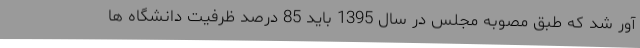
آور شد که طبق مصوبه مجلس در سال 1395 باید 85 درصد ظرفیت دانشگاه ها